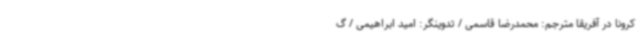
کرونا در آفریقا مترجم: محمدرضا قاسمی / تدوینگر: امید ابراهیمی / گ